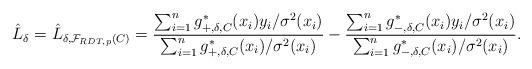
LaTeX: \begin{align*} \hat{L}_{\delta}= \hat{L}_{\delta,\mathcal{F}_{RDT,p}(C)} = \frac{\sum_{i=1}^{n}g^{*}_{+,\delta,C}(x_{i})y_{i}/\sigma^{2}(x_{i})}{ \sum_{i=1}^{n}g^{*}_{+,\delta,C}(x_{i})/\sigma^{2}(x_{i})} -\frac{\sum_{i=1}^{n}g^{*}_{-,\delta,C}(x_{i})y_{i}/\sigma^{2}(x_{i})}{ \sum_{i=1}^{n}g^{*}_{-,\delta,C}(x_{i})/\sigma^{2}(x_{i})}.\end{align*}